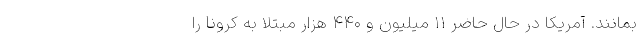
بمانند. آمریکا در حال حاضر ۱۱ میلیون و ۴۴۰ هزار مبتلا به کرونا را